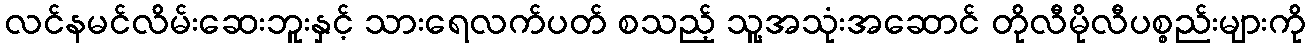
လင်နမင်လိမ်းဆေးဘူးနှင့် သားရေလက်ပတ် စသည့် သူ့အသုံးအဆောင် တိုလီမိုလီပစ္စည်းများကို